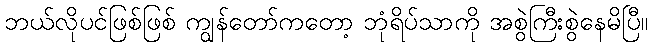
ဘယ်လိုပင်ဖြစ်ဖြစ် ကျွန်တော်ကတော့ ဘုံရိပ်သာကို အစွဲကြီးစွဲနေမိပြီ။